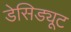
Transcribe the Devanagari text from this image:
डेसिड्यूट